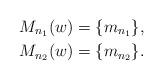
LaTeX: \begin{align*} M_{n_1}(w)&=\{m_{n_1}\},\\M_{n_2}(w)&=\{m_{n_2}\}.\end{align*}